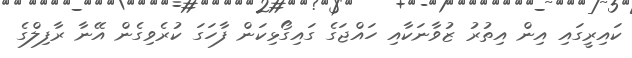
ކައިރީގައި އިން އިތުރު ޒުވާނަކާއި ހައްޖަގެ ގައިގޯޅިކަން ފާހަގަ ކުރެވިގެން އޭނާ ރާފިލްގެ